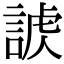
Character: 𧩐